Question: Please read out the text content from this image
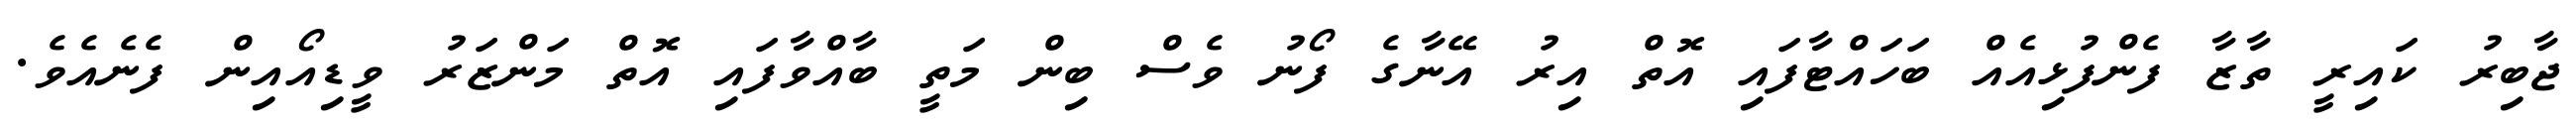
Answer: ޖާބިރު ކައިރީ ތާޒާ ފެންފުޅިއެއް ބަހައްޓާފައި އޮތް އިރު އޭނާގެ ފޯނު ވެސް ބިން މަތީ ބާއްވާފައި އޮތް މަންޒަރު ވީޑިއޯއިން ފެނެއެވެ.